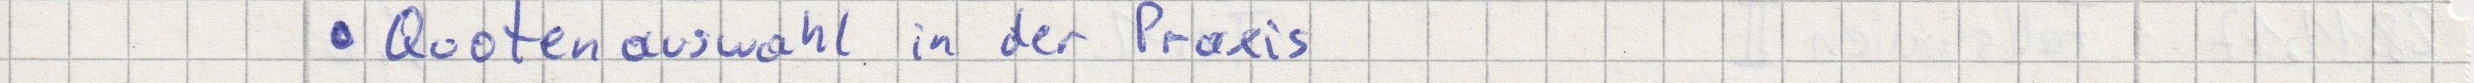
- Quotenauswahl in der Praxis